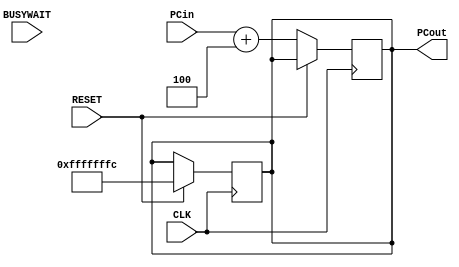
module adder_4 (CLK, BUSYWAIT, RESET, PCin, PCout);

    input CLK, RESET, BUSYWAIT;
    input [31:0] PCin;
    output reg [31:0] PCout;

    always @ (posedge CLK) begin
        #1
        if(!RESET) // & !BUSYWAIT)  
			#2 PCout <= PCin + 4;
    end

    //reset the register to -4 whenever the reset signal changes from low to high
    always @ (posedge CLK) begin
		#1
        if(RESET)  
			#2 PCout = -32'd4;
    end

endmodule